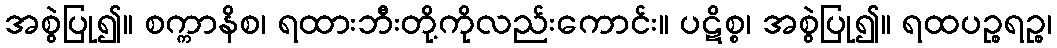
အစွဲပြု၍။ စက္ကာနိစ၊ ရထားဘီးတို့ကိုလည်းကောင်း။ ပဋိစ္စ၊ အစွဲပြု၍။ ရထပဉ္စရဉ္စ၊